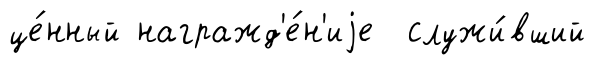
це́нный награжд'е́н'иjе служи́вший